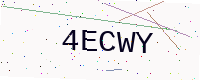
Text: 4ECWY